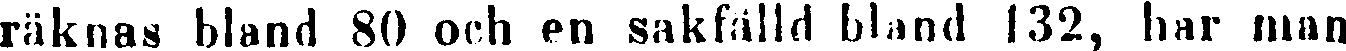
räknas bland 80 och en sakfälld bland 132, har man